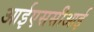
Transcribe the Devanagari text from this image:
आईएससीआई